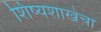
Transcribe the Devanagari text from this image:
शिष्यशाखेचा